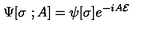
\Psi [ \sigma \ ; A ] = \psi [ \sigma ] e ^ { - i A { \cal E } }